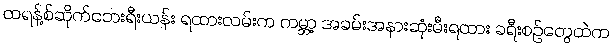
ထရန့်စ်ဆိုက်ဘေးရီးယန်း ရထားလမ်းက ကမ္ဘာ့ အခမ်းအနားဆုံးမီးရထား ခရီးစဉ်တွေထဲက